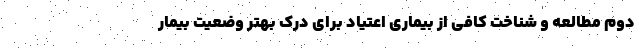
دوم مطالعه و شناخت کافی از بیماری اعتیاد برای درک بهتر وضعیت بیمار